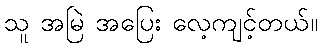
သူ အမြဲ အပြေး လေ့ကျင့်တယ်။